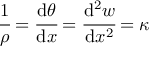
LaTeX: { \cfrac { 1 } { \rho } } = { \cfrac { \mathrm { d } \theta } { \mathrm { d } x } } = { \cfrac { \mathrm { d } ^ { 2 } w } { \mathrm { d } x ^ { 2 } } } = \kappa